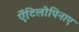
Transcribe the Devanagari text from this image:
ऐंटिलोपिनाए